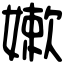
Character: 嫩